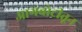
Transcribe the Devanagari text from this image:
आगबोटीतून